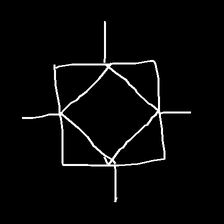
Glyph: light